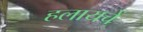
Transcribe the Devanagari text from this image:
हलायचें